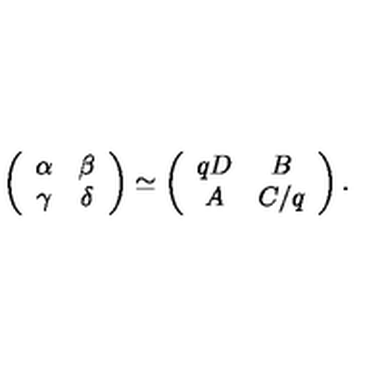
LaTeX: \left( \begin{array} { c c } { \alpha } & { \beta } \\ { \gamma } & { \delta } \\ \end{array} \right) \simeq \left( \begin{array} { c c } { q D } & { B } \\ { A } & { C / q } \\ \end{array} \right) .